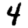
Digit: 4